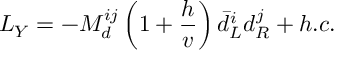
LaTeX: { \cal L } _ { Y } = - M _ { d } ^ { i j } \left( 1 + \frac { h } { v } \right) \bar { d } _ { L } ^ { i } d _ { R } ^ { j } + h . c .